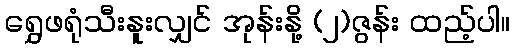
ရွှေဖရုံသီးနူးလျှင် အုန်းနို့ (၂)ဇွန်း ထည့်ပါ။